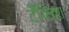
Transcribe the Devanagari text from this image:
टँग्लिश